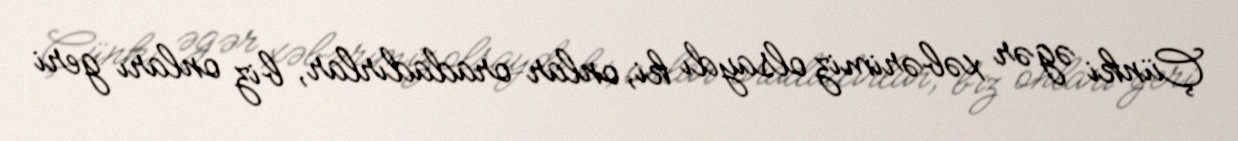
Çünki əgər xəbərimiz olsaydı ki, onlar oradadırlar, biz onları geri